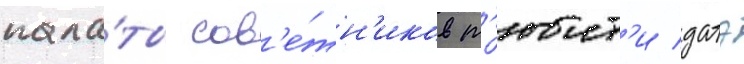
пала́ты сов'е́тн'иков т'юит'и датэ